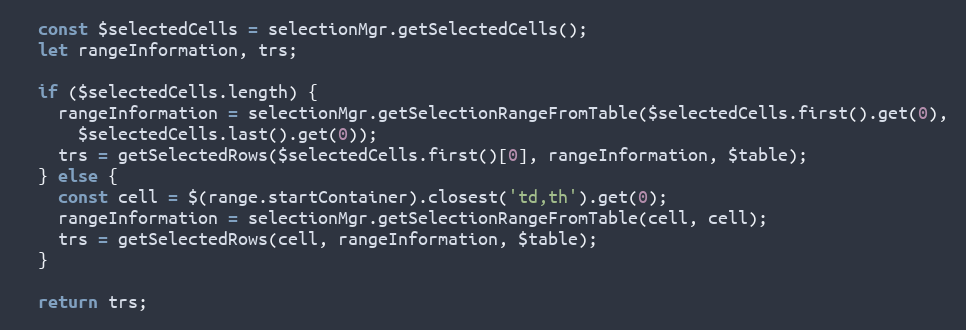
Language: JavaScript
  const $selectedCells = selectionMgr.getSelectedCells();
  let rangeInformation, trs;

  if ($selectedCells.length) {
    rangeInformation = selectionMgr.getSelectionRangeFromTable($selectedCells.first().get(0),
      $selectedCells.last().get(0));
    trs = getSelectedRows($selectedCells.first()[0], rangeInformation, $table);
  } else {
    const cell = $(range.startContainer).closest('td,th').get(0);
    rangeInformation = selectionMgr.getSelectionRangeFromTable(cell, cell);
    trs = getSelectedRows(cell, rangeInformation, $table);
  }

  return trs;